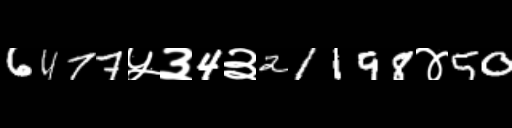
Text: 6477५३4३21198४50